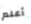
أعلم